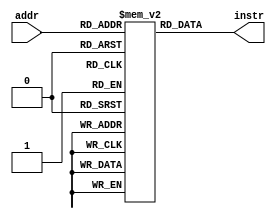
module instr_mem(addr, instr);
    input [7:0] addr;
    output [7:0] instr;

    reg [7:0] mem[0:255];

    assign instr = mem[addr];

    initial begin
        mem[0] = 8'hc0;
        mem[1] = 8'hd7;
        mem[2] = 8'h03;
        mem[3] = 8'hc0;
        mem[4] = 8'hd0;
        mem[5] = 8'hf3;
        mem[6] = 8'h03;
        mem[7] = 8'hcf;
        mem[8] = 8'hd8;
        mem[9] = 8'hf3;
        mem[10] = 8'hc0;
        mem[11] = 8'hd1;
        mem[12] = 8'h07;
        mem[13] = 8'h0b;
        mem[14] = 8'hc0;
        mem[15] = 8'hd0;
        mem[16] = 8'hef;
        mem[17] = 8'h93;
        mem[18] = 8'hc2;
        mem[19] = 8'hd1;
        mem[20] = 8'ha3;
        mem[21] = 8'h16;
        mem[22] = 8'hcf;
        mem[23] = 8'hd8;
        mem[24] = 8'hf7;
        mem[25] = 8'h06;
        mem[26] = 8'heb;
        mem[27] = 8'hc0;
        mem[28] = 8'hd1;
        mem[29] = 8'h13;
        mem[30] = 8'hc0;
        mem[31] = 8'hde;
        mem[32] = 8'hb3;
        mem[33] = 8'hc2;
        mem[34] = 8'hd3;
        mem[35] = 8'hb3;

/*
        mem[0] = 8'hc0;
        mem[1] = 8'hd7;
        mem[2] = 8'h03;
        mem[3] = 8'hc0;
        mem[4] = 8'hd0;
        mem[5] = 8'hf3;
        mem[6] = 8'h03;
        mem[7] = 8'hd1;
        mem[8] = 8'hf3;
        mem[9] = 8'hc0;
        mem[10] = 8'hd1;
        mem[11] = 8'h07;
        mem[12] = 8'h0b;
        mem[13] = 8'hc0;
        mem[14] = 8'hd0;
        mem[15] = 8'hef;
        mem[16] = 8'h93;
        mem[17] = 8'hc1;
        mem[18] = 8'hde;
        mem[19] = 8'ha3;
        mem[20] = 8'h16;
        mem[21] = 8'hc0; //
        mem[22] = 8'hd1; 
        mem[23] = 8'hf7;
        mem[24] = 8'h06;
        mem[25] = 8'heb;
        mem[26] = 8'h13;
        mem[27] = 8'hc0;
        mem[28] = 8'hdd;
        mem[29] = 8'hb3;
        mem[30] = 8'h00;
        mem[31] = 8'hc1;
        mem[32] = 8'hde;
        mem[33] = 8'hb3;
*/
    end
endmodule